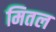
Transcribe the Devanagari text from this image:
मितल